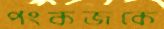
পংকজকে